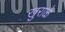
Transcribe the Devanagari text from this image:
खुराळे